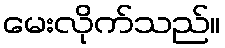
မေးလိုက်သည်။